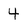
Character: 4